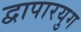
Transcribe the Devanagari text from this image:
द्वापारयुग